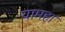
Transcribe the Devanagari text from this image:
यामहा